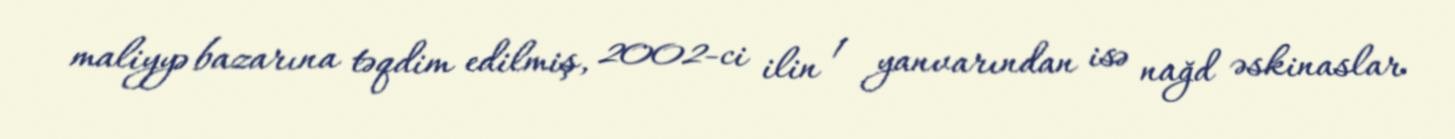
maliyyə bazarına təqdim edilmiş, 2002-ci ilin 1 yanvarından isə nağd əskinaslar